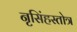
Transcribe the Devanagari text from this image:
नृसिंहस्तोत्र